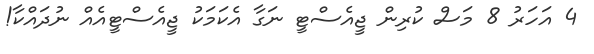
4 އަހަރު 8 މަސް ކުރިން ޖީއެސްޓީ ނަގާ އެކަމަކު ޖީއެސްޓީއެއް ނުދައްކާ!